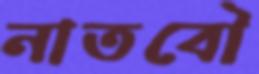
নাতবৌ